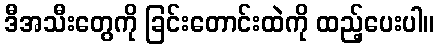
ဒီအသီးတွေကို ခြင်းတောင်းထဲကို ထည့်ပေးပါ။